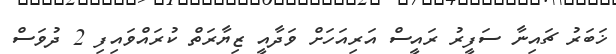
ޚަބަރު ޗައިނާ ސަފީރު ރައީސް އަރިއަހަށް ވަދާއީ ޒިޔާރަތް ކުރައްވައިފި 2 ދުވަސް